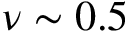
\nu \sim 0 . 5